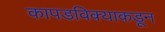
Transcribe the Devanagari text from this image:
कापडविक्याकडून